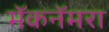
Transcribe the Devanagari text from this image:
मॅकनॅमरा